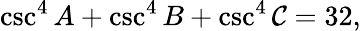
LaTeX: \csc^{4}A+\csc^{4}B+\csc^{4}\mathcal{C}=32,